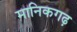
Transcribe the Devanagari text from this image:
मानिकगढ़